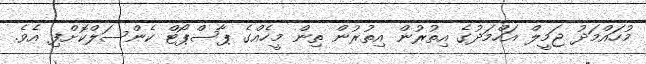
މުހައްމަދު ޖަމީލް އަހްމަދުގެ އިތުރުން އިތުރުން ތިން މީހެއްގެ ޕާސްޕޯޓް ކެންސަލްކޮށްފި އެވެ.